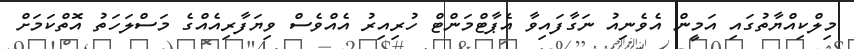
މިލްކިއްޔާތުގައި އަމީން އެވެނިއު ނަގާފައިވާ އެޕާޓްމަންޓް ހުރިއިރު އެއްވެސް ވިޔަފާރިއެއްގެ މަސްލަހަތު އޮތްކަމަށް